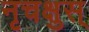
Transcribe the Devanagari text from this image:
नृचक्षुस्